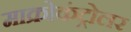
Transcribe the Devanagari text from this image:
माक्रोकंट्रोलर